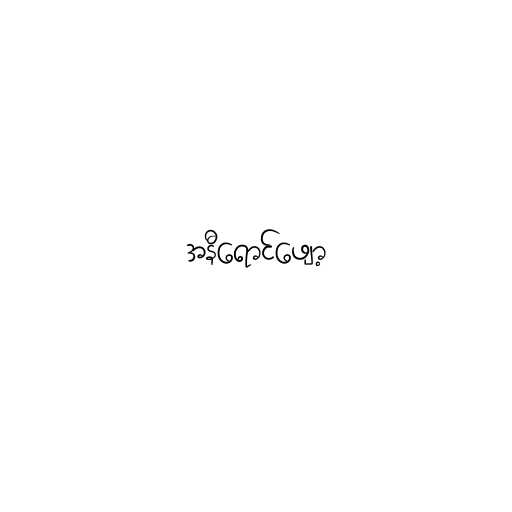
အနီရောင်ဖျော့